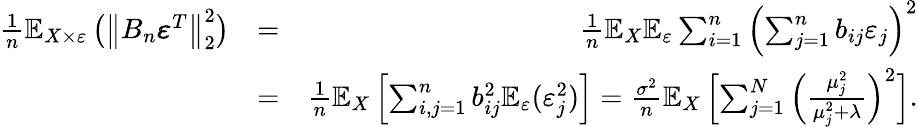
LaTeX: \begin{array}{rlr}{\frac{1}{n}\mathbb E_{X\times\varepsilon}\left(\big\| B_{n}\pmb{\varepsilon}^{T}\big\| _{2}^{2}\right)}&{=}&{\frac{1}{n}\mathbb E_{X}\mathbb E_{\varepsilon}\sum_{i=1}^{n}\left(\sum_{j=1}^{n}b_{ij}\varepsilon_{j}\right)^{2}}\\ &{=}&{\frac{1}{n}\mathbb E_{X}\left[\sum_{i,j=1}^{n}b_{ij}^{2}\mathbb E_{\varepsilon}(\varepsilon_{j}^{2})\right]=\frac{\sigma^{2}}{n}\mathbb E_{X}\left[\sum_{j=1}^{N}\Big(\frac{\mu_{j}^{2}}{\mu_{j}^{2}+\lambda}\Big)^{2}\right].}\end{array}